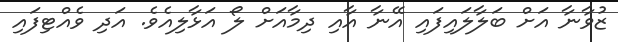
ޒުވާނާ އަށް ބަލާލައިފައި އޭނާ އާއި ދިމާއަށް ލޯ އަޅާލިއެވެ. އަދި ވެއްޓިފައި